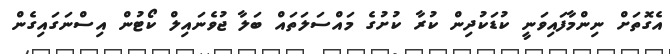
އެގޮތަށް ނިންމާފައިވަނީ ކުޑަކުދިން ކުރާ ކުށުގެ މައްސަލަތައް ބަލާ ޖުވެނައިލް ކޯޓުން އިސްނަގައިގެން